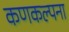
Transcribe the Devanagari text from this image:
कणकल्पना